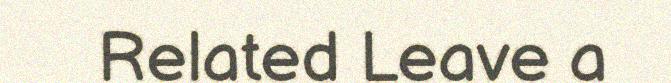
Related Leave a